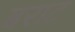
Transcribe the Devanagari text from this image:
बराट